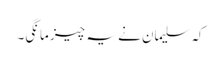
کہ سلیمان نے یہ چیز مانگی۔